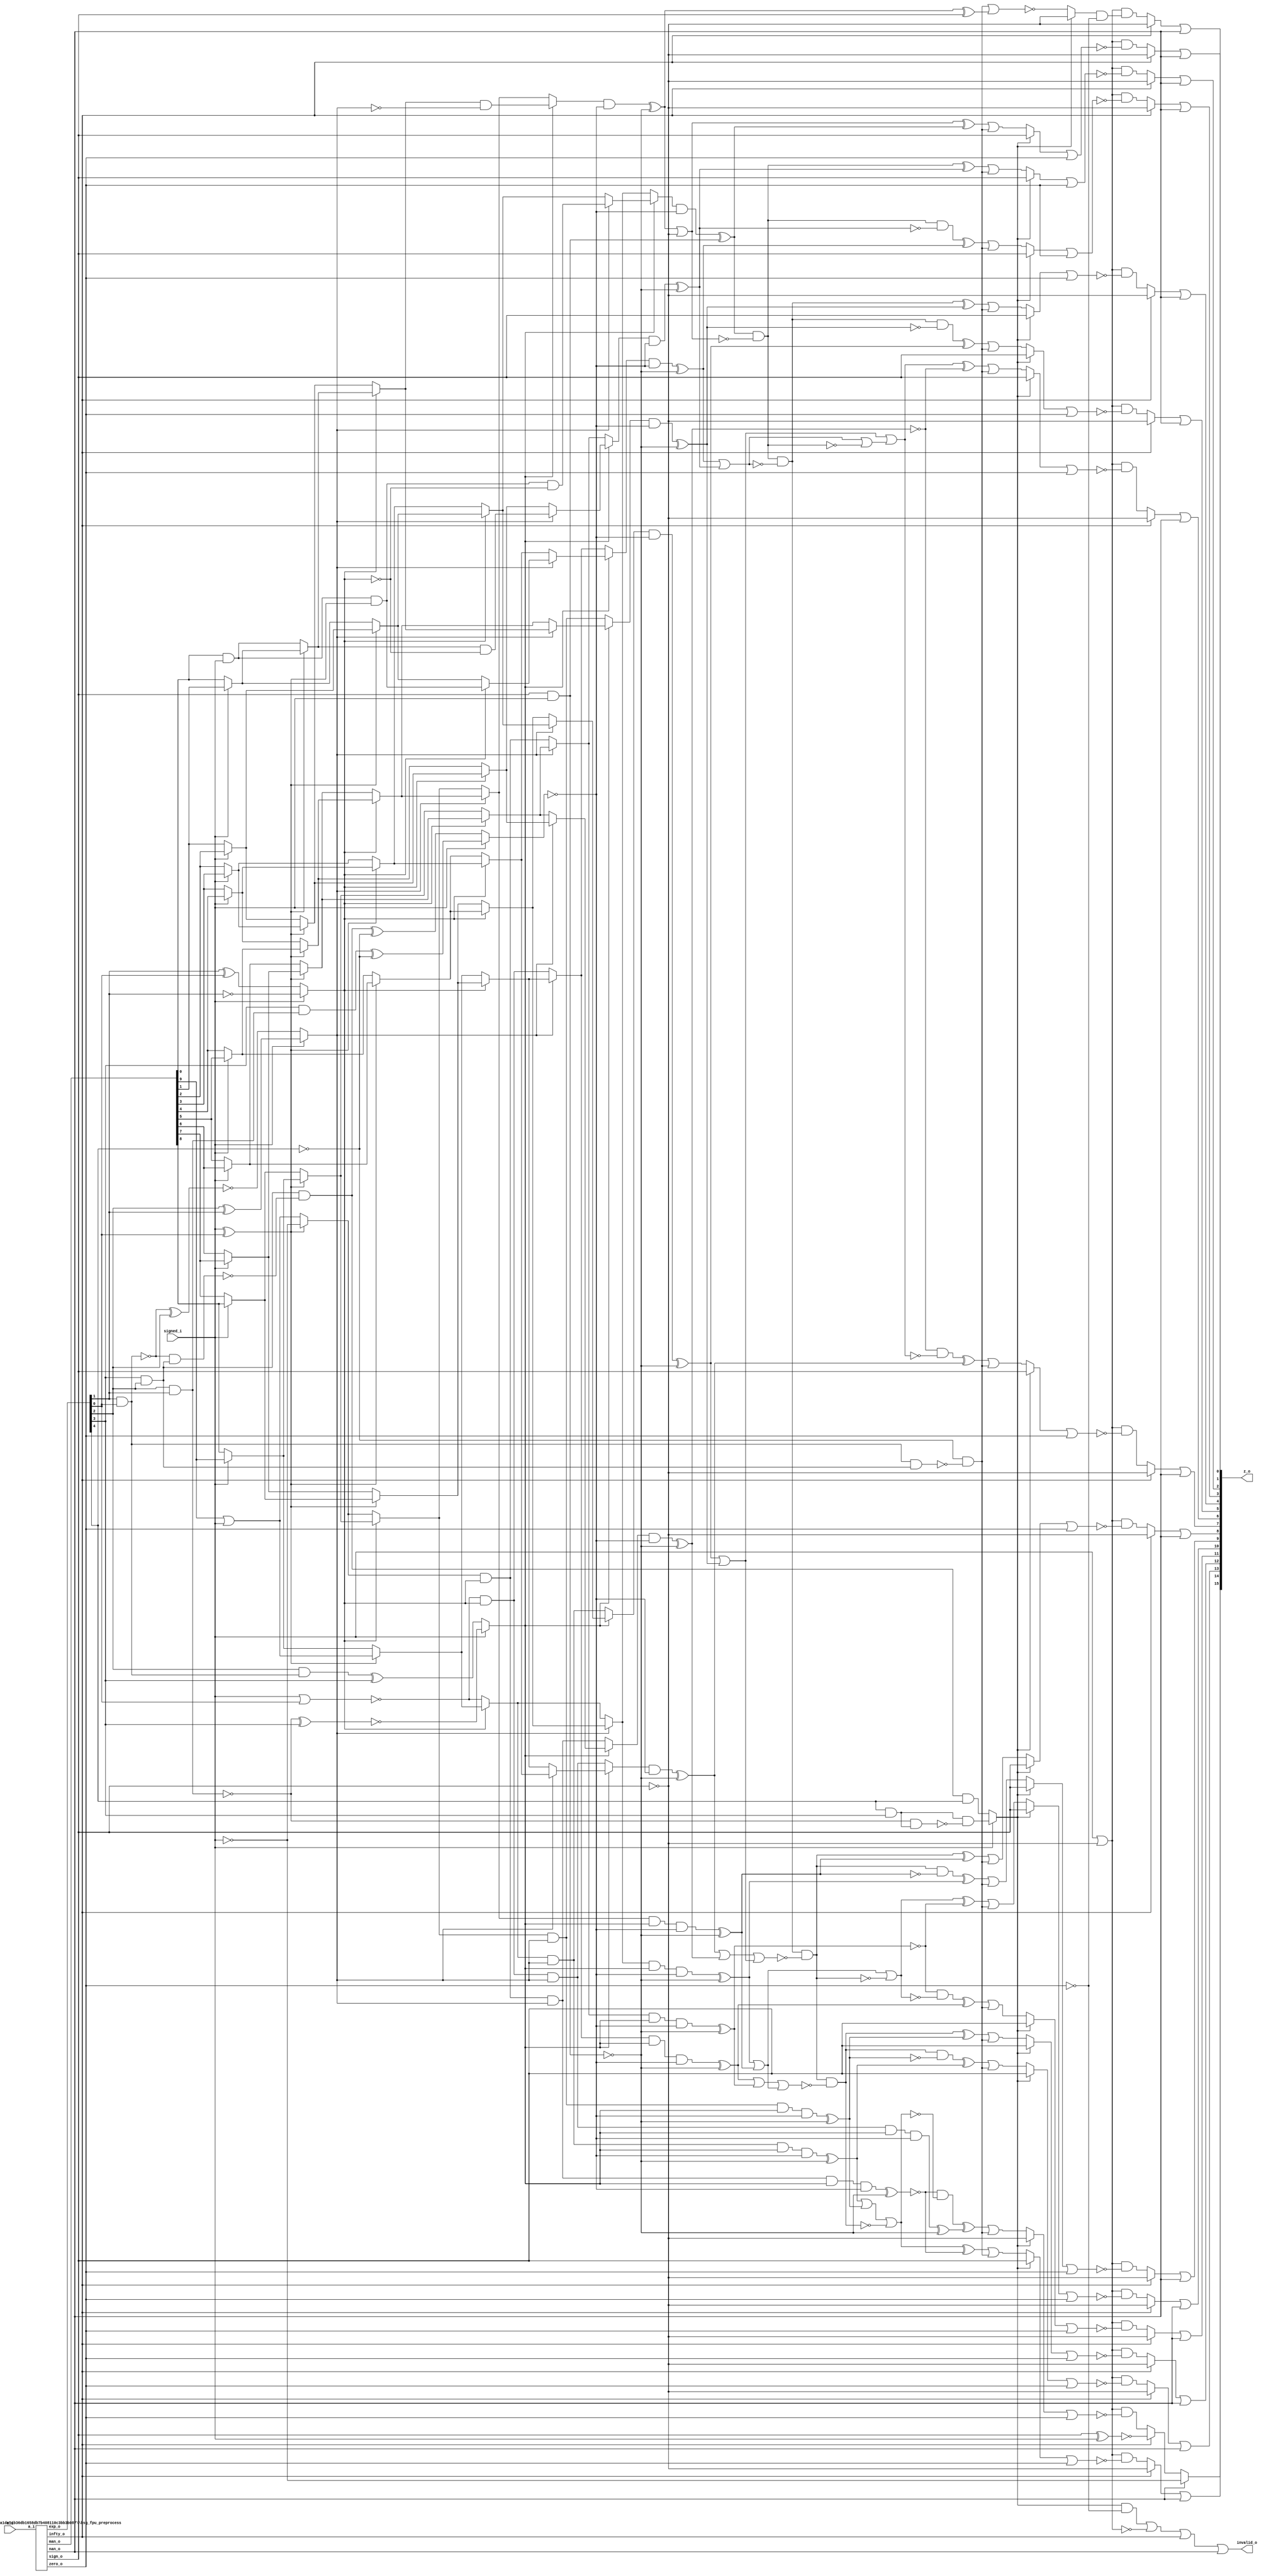
/* Generated by Yosys 0.27+9 (git sha1 101d19bb6, gcc 11.2.0-7ubuntu2 -fPIC -Os) */


module \$paramod$05fcaba1de5cb36db1658db7b408110c3bb3b087\bsg_fpu_preprocess (a_i, zero_o, nan_o, sig_nan_o, infty_o, exp_zero_o, man_zero_o, denormal_o, sign_o, exp_o, man_o);
  wire _00_;
  wire _01_;
  wire _02_;
  wire _03_;
  wire _04_;
  wire _05_;
  wire _06_;
  wire _07_;
  wire _08_;
  wire _09_;
  wire _10_;
  wire _11_;
  wire _12_;
  wire _13_;
  wire _14_;
  wire _15_;
  wire _16_;
  
  input [15:0] a_i;
  wire [15:0] a_i;
  
  output denormal_o;
  wire denormal_o;
  
  output [4:0] exp_o;
  wire [4:0] exp_o;
  
  wire exp_zero;
  
  output exp_zero_o;
  wire exp_zero_o;
  
  output infty_o;
  wire infty_o;
  
  output [9:0] man_o;
  wire [9:0] man_o;
  
  output man_zero_o;
  wire man_zero_o;
  
  wire mantissa_zero;
  
  output nan_o;
  wire nan_o;
  
  output sig_nan_o;
  wire sig_nan_o;
  
  output sign_o;
  wire sign_o;
  
  output zero_o;
  wire zero_o;
  assign _00_ = ~(a_i[1] | a_i[0]);
  assign _01_ = a_i[3] | a_i[2];
  assign _02_ = _00_ & ~(_01_);
  assign _03_ = a_i[5] | a_i[4];
  assign _04_ = a_i[7] | a_i[6];
  assign _05_ = _04_ | _03_;
  assign _06_ = _02_ & ~(_05_);
  assign _07_ = a_i[9] | a_i[8];
  assign man_zero_o = _06_ & ~(_07_);
  assign _08_ = ~a_i[14];
  assign _09_ = a_i[11] | a_i[10];
  assign _10_ = a_i[13] | a_i[12];
  assign _11_ = _10_ | _09_;
  assign exp_zero_o = _08_ & ~(_11_);
  assign _12_ = ~exp_zero_o;
  assign zero_o = man_zero_o & ~(_12_);
  assign _13_ = ~(a_i[11] & a_i[10]);
  assign _14_ = ~(a_i[13] & a_i[12]);
  assign _15_ = _14_ | _13_;
  assign _16_ = _15_ | _08_;
  assign nan_o = ~(_16_ | man_zero_o);
  assign sig_nan_o = nan_o & ~(a_i[9]);
  assign infty_o = man_zero_o & ~(_16_);
  assign denormal_o = ~(_12_ | man_zero_o);
  assign exp_o = a_i[14:10];
  assign exp_zero = exp_zero_o;
  assign man_o = a_i[9:0];
  assign mantissa_zero = man_zero_o;
  assign sign_o = a_i[15];
endmodule

(* top =  1  *)

module bsg_fpu_f2i(a_i, signed_i, z_o, invalid_o);
  wire _000_;
  wire _001_;
  wire _002_;
  wire _003_;
  wire _004_;
  wire _005_;
  wire _006_;
  wire _007_;
  wire _008_;
  wire _009_;
  wire _010_;
  wire _011_;
  wire _012_;
  wire _013_;
  wire _014_;
  wire _015_;
  wire _016_;
  wire _017_;
  wire _018_;
  wire _019_;
  wire _020_;
  wire _021_;
  wire _022_;
  wire _023_;
  wire _024_;
  wire _025_;
  wire _026_;
  wire _027_;
  wire _028_;
  wire _029_;
  wire _030_;
  wire _031_;
  wire _032_;
  wire _033_;
  wire _034_;
  wire _035_;
  wire _036_;
  wire _037_;
  wire _038_;
  wire _039_;
  wire _040_;
  wire _041_;
  wire _042_;
  wire _043_;
  wire _044_;
  wire _045_;
  wire _046_;
  wire _047_;
  wire _048_;
  wire _049_;
  wire _050_;
  wire _051_;
  wire _052_;
  wire _053_;
  wire _054_;
  wire _055_;
  wire _056_;
  wire _057_;
  wire _058_;
  wire _059_;
  wire _060_;
  wire _061_;
  wire _062_;
  wire _063_;
  wire _064_;
  wire _065_;
  wire _066_;
  wire _067_;
  wire _068_;
  wire _069_;
  wire _070_;
  wire _071_;
  wire _072_;
  wire _073_;
  wire _074_;
  wire _075_;
  wire _076_;
  wire _077_;
  wire _078_;
  wire _079_;
  wire _080_;
  wire _081_;
  wire _082_;
  wire _083_;
  wire _084_;
  wire _085_;
  wire _086_;
  wire _087_;
  wire _088_;
  wire _089_;
  wire _090_;
  wire _091_;
  wire _092_;
  wire _093_;
  wire _094_;
  wire _095_;
  wire _096_;
  wire _097_;
  wire _098_;
  wire _099_;
  wire _100_;
  wire _101_;
  wire _102_;
  wire _103_;
  wire _104_;
  wire _105_;
  wire _106_;
  wire _107_;
  wire _108_;
  wire _109_;
  wire _110_;
  wire _111_;
  wire _112_;
  wire _113_;
  wire _114_;
  wire _115_;
  wire _116_;
  wire _117_;
  wire _118_;
  wire _119_;
  wire _120_;
  wire _121_;
  wire _122_;
  wire _123_;
  wire _124_;
  wire _125_;
  wire _126_;
  wire _127_;
  wire _128_;
  wire _129_;
  wire _130_;
  wire _131_;
  wire _132_;
  wire _133_;
  wire _134_;
  wire _135_;
  wire _136_;
  wire _137_;
  wire _138_;
  wire _139_;
  wire _140_;
  wire _141_;
  wire _142_;
  wire _143_;
  wire _144_;
  wire _145_;
  wire _146_;
  wire _147_;
  wire _148_;
  wire _149_;
  wire _150_;
  wire _151_;
  wire _152_;
  wire _153_;
  wire _154_;
  wire _155_;
  wire _156_;
  wire _157_;
  wire _158_;
  wire _159_;
  wire _160_;
  wire _161_;
  wire _162_;
  wire _163_;
  wire _164_;
  wire _165_;
  wire _166_;
  wire _167_;
  wire _168_;
  wire _169_;
  wire _170_;
  wire _171_;
  wire _172_;
  wire _173_;
  wire _174_;
  wire _175_;
  wire _176_;
  wire _177_;
  wire _178_;
  wire _179_;
  wire _180_;
  wire _181_;
  wire _182_;
  wire _183_;
  wire _184_;
  wire _185_;
  wire _186_;
  wire _187_;
  wire _188_;
  wire _189_;
  wire _190_;
  wire _191_;
  wire _192_;
  wire _193_;
  wire _194_;
  wire _195_;
  wire _196_;
  wire _197_;
  wire _198_;
  wire _199_;
  wire _200_;
  wire _201_;
  wire _202_;
  wire _203_;
  wire _204_;
  wire _205_;
  wire _206_;
  wire _207_;
  wire _208_;
  wire _209_;
  wire _210_;
  wire _211_;
  wire _212_;
  wire _213_;
  wire _214_;
  wire _215_;
  wire _216_;
  wire _217_;
  wire _218_;
  wire _219_;
  wire _220_;
  wire _221_;
  wire _222_;
  wire _223_;
  wire _224_;
  wire _225_;
  wire _226_;
  wire _227_;
  wire _228_;
  wire _229_;
  wire _230_;
  wire _231_;
  wire _232_;
  wire _233_;
  wire _234_;
  wire _235_;
  wire _236_;
  wire _237_;
  wire _238_;
  wire _239_;
  wire _240_;
  wire _241_;
  wire _242_;
  wire _243_;
  wire _244_;
  wire _245_;
  wire _246_;
  wire _247_;
  wire _248_;
  wire _249_;
  wire _250_;
  wire _251_;
  wire _252_;
  wire _253_;
  wire _254_;
  wire _255_;
  wire _256_;
  wire _257_;
  wire _258_;
  wire _259_;
  wire _260_;
  wire _261_;
  wire _262_;
  wire _263_;
  wire _264_;
  wire _265_;
  wire _266_;
  
  input [15:0] a_i;
  wire [15:0] a_i;
  
  wire [4:0] exp;
  
  wire infty;
  
  output invalid_o;
  wire invalid_o;
  
  wire [9:0] mantissa;
  
  wire nan;
  
  (* unused_bits = "4 5 6 7 8 9 10 11 12 13 14 15" *)
  wire [15:0] preshift;
  
  wire sign;
  
  input signed_i;
  wire signed_i;
  
  output [15:0] z_o;
  wire [15:0] z_o;
  
  wire zero;
  assign _205_ = ~sign;
  assign _206_ = sign & signed_i;
  assign _207_ = ~_206_;
  assign _208_ = mantissa[0] & signed_i;
  assign _209_ = ~(signed_i ^ exp[0]);
  assign _210_ = signed_i ? mantissa[1] : mantissa[0];
  assign _211_ = _209_ ? _208_ : _210_;
  assign _212_ = ~exp[1];
  assign _213_ = exp[1] ^ exp[0];
  assign _214_ = signed_i ? _212_ : _213_;
  assign _215_ = signed_i ? mantissa[2] : mantissa[1];
  assign _216_ = signed_i ? mantissa[3] : mantissa[2];
  assign _217_ = _209_ ? _215_ : _216_;
  assign _218_ = _214_ ? _211_ : _217_;
  assign _219_ = ~signed_i;
  assign _220_ = ~(exp[1] & exp[0]);
  assign _221_ = ~(_220_ ^ exp[2]);
  assign _222_ = exp[2] ^ exp[1];
  assign _223_ = signed_i ? _222_ : _221_;
  assign _224_ = _218_ & ~(_223_);
  assign _225_ = exp[2] & ~(_220_);
  assign _226_ = _225_ ^ exp[3];
  assign _227_ = ~(exp[2] & exp[1]);
  assign _228_ = ~(_227_ ^ exp[3]);
  assign _229_ = signed_i ? _228_ : _226_;
  assign _230_ = signed_i ? mantissa[4] : mantissa[3];
  assign _231_ = signed_i ? mantissa[5] : mantissa[4];
  assign _232_ = _209_ ? _230_ : _231_;
  assign _233_ = signed_i ? mantissa[6] : mantissa[5];
  assign _234_ = signed_i ? mantissa[7] : mantissa[6];
  assign _235_ = _209_ ? _233_ : _234_;
  assign _236_ = _214_ ? _232_ : _235_;
  assign _237_ = signed_i ? mantissa[8] : mantissa[7];
  assign _238_ = signed_i ? mantissa[9] : mantissa[8];
  assign _239_ = _209_ ? _237_ : _238_;
  assign _240_ = signed_i ^ exp[0];
  assign _241_ = mantissa[9] | signed_i;
  assign _242_ = _240_ ? _219_ : _241_;
  assign _243_ = _214_ ? _239_ : _242_;
  assign _244_ = _223_ ? _236_ : _243_;
  assign _245_ = _229_ ? _224_ : _244_;
  assign _246_ = ~exp[4];
  assign _247_ = exp[3] & exp[2];
  assign _248_ = ~(exp[3] & exp[2]);
  assign _249_ = _220_ & ~(_248_);
  assign _250_ = _247_ & ~(_249_);
  assign _251_ = _250_ ^ _246_;
  assign _252_ = exp[3] & ~(_227_);
  assign _253_ = _252_ ^ _246_;
  assign _254_ = signed_i ? _253_ : _251_;
  assign _255_ = _245_ & ~(_254_);
  assign _256_ = _255_ ^ _207_;
  assign _257_ = _256_ ^ sign;
  assign _258_ = exp[1] & exp[0];
  assign _259_ = _258_ & ~(_248_);
  assign _260_ = _246_ & ~(_259_);
  assign _261_ = ~(_260_ | _257_);
  assign _262_ = _250_ & ~(_246_);
  assign _263_ = exp[4] & exp[3];
  assign _264_ = ~(exp[4] & exp[3]);
  assign _265_ = _227_ & ~(_264_);
  assign _266_ = _263_ & ~(_265_);
  assign _000_ = signed_i ? _266_ : _262_;
  assign _001_ = _000_ ? _205_ : _261_;
  assign _002_ = _001_ & ~(zero);
  assign _003_ = signed_i | ~(sign);
  assign _004_ = _003_ & _002_;
  assign _005_ = infty ? _205_ : _004_;
  assign z_o[0] = _005_ | nan;
  assign _006_ = _208_ & ~(_209_);
  assign _007_ = _006_ & ~(_214_);
  assign _008_ = _209_ ? _210_ : _215_;
  assign _009_ = _209_ ? _216_ : _230_;
  assign _010_ = _214_ ? _008_ : _009_;
  assign _011_ = _223_ ? _007_ : _010_;
  assign _012_ = _209_ ? _231_ : _233_;
  assign _013_ = _209_ ? _234_ : _237_;
  assign _014_ = _214_ ? _012_ : _013_;
  assign _015_ = _209_ ? _238_ : _241_;
  assign _016_ = ~(signed_i | exp[0]);
  assign _017_ = _214_ ? _015_ : _016_;
  assign _018_ = _223_ ? _014_ : _017_;
  assign _019_ = _229_ ? _011_ : _018_;
  assign _020_ = _019_ & ~(_254_);
  assign _021_ = _020_ ^ _206_;
  assign _022_ = _256_ | _205_;
  assign _023_ = _022_ ^ _021_;
  assign _024_ = _023_ | _260_;
  assign _025_ = _000_ ? sign : _024_;
  assign _026_ = _025_ | zero;
  assign _027_ = _003_ & ~(_026_);
  assign _028_ = infty ? _205_ : _027_;
  assign z_o[1] = _028_ | nan;
  assign _029_ = _211_ & ~(_214_);
  assign _030_ = _214_ ? _217_ : _232_;
  assign _031_ = _223_ ? _029_ : _030_;
  assign _032_ = _214_ ? _235_ : _239_;
  assign _033_ = _242_ & _214_;
  assign _034_ = _223_ ? _032_ : _033_;
  assign _035_ = _229_ ? _031_ : _034_;
  assign _036_ = _035_ & ~(_254_);
  assign _037_ = _036_ ^ _207_;
  assign _038_ = _021_ & ~(_022_);
  assign _039_ = _038_ ^ _037_;
  assign _040_ = _039_ | _260_;
  assign _041_ = _000_ ? sign : _040_;
  assign _042_ = _041_ | zero;
  assign _043_ = _003_ & ~(_042_);
  assign _044_ = infty ? _205_ : _043_;
  assign z_o[2] = _044_ | nan;
  assign _045_ = _214_ ? _006_ : _008_;
  assign _046_ = _214_ ? _009_ : _012_;
  assign _047_ = _223_ ? _045_ : _046_;
  assign _048_ = _214_ ? _013_ : _015_;
  assign _049_ = _016_ & _214_;
  assign _050_ = _223_ ? _048_ : _049_;
  assign _051_ = _229_ ? _047_ : _050_;
  assign _052_ = _051_ & ~(_254_);
  assign _053_ = _052_ ^ _207_;
  assign _054_ = _038_ & ~(_037_);
  assign _055_ = _054_ ^ _053_;
  assign _056_ = _055_ | _260_;
  assign _057_ = _000_ ? sign : _056_;
  assign _058_ = _057_ | zero;
  assign _059_ = _003_ & ~(_058_);
  assign _060_ = infty ? _205_ : _059_;
  assign z_o[3] = _060_ | nan;
  assign _061_ = _223_ ? _218_ : _236_;
  assign _062_ = _243_ & _223_;
  assign _063_ = _229_ ? _061_ : _062_;
  assign _064_ = _063_ & ~(_254_);
  assign _065_ = _064_ ^ _207_;
  assign _066_ = _053_ | _037_;
  assign _067_ = _038_ & ~(_066_);
  assign _068_ = _067_ ^ _065_;
  assign _069_ = _068_ | _260_;
  assign _070_ = _000_ ? sign : _069_;
  assign _071_ = _070_ | zero;
  assign _072_ = _003_ & ~(_071_);
  assign _073_ = infty ? _205_ : _072_;
  assign z_o[4] = _073_ | nan;
  assign _074_ = _223_ ? _010_ : _014_;
  assign _075_ = _017_ & _223_;
  assign _076_ = _229_ ? _074_ : _075_;
  assign _077_ = _076_ & ~(_254_);
  assign _078_ = _077_ ^ _207_;
  assign _079_ = _067_ & ~(_065_);
  assign _080_ = _079_ ^ _078_;
  assign _081_ = _080_ | _260_;
  assign _082_ = _000_ ? sign : _081_;
  assign _083_ = _082_ | zero;
  assign _084_ = _003_ & ~(_083_);
  assign _085_ = infty ? _205_ : _084_;
  assign z_o[5] = _085_ | nan;
  assign _086_ = _223_ ? _030_ : _032_;
  assign _087_ = _033_ & _223_;
  assign _088_ = _229_ ? _086_ : _087_;
  assign _089_ = _088_ & ~(_254_);
  assign _090_ = _089_ ^ _207_;
  assign _091_ = ~_090_;
  assign _092_ = _066_ | ~(_038_);
  assign _093_ = _078_ | _065_;
  assign _094_ = _093_ | _092_;
  assign _095_ = _094_ ^ _091_;
  assign _096_ = _095_ | _260_;
  assign _097_ = _000_ ? sign : _096_;
  assign _098_ = _097_ | zero;
  assign _099_ = _003_ & ~(_098_);
  assign _100_ = infty ? _205_ : _099_;
  assign z_o[6] = _100_ | nan;
  assign _101_ = _223_ ? _046_ : _048_;
  assign _102_ = _049_ & _223_;
  assign _103_ = _229_ ? _101_ : _102_;
  assign _104_ = _103_ & ~(_254_);
  assign _105_ = _104_ ^ _207_;
  assign _106_ = _091_ & ~(_094_);
  assign _107_ = _106_ ^ _105_;
  assign _108_ = _107_ | _260_;
  assign _109_ = _000_ ? sign : _108_;
  assign _110_ = _109_ | zero;
  assign _111_ = _003_ & ~(_110_);
  assign _112_ = infty ? _205_ : _111_;
  assign z_o[7] = _112_ | nan;
  assign _113_ = _244_ & _229_;
  assign _114_ = _113_ & ~(_254_);
  assign _115_ = _114_ ^ _207_;
  assign _116_ = _105_ | _090_;
  assign _117_ = _116_ | _093_;
  assign _118_ = _067_ & ~(_117_);
  assign _119_ = _118_ ^ _115_;
  assign _120_ = _119_ | _260_;
  assign _121_ = _000_ ? sign : _120_;
  assign _122_ = _121_ | zero;
  assign _123_ = _003_ & ~(_122_);
  assign _124_ = infty ? _205_ : _123_;
  assign z_o[8] = _124_ | nan;
  assign _125_ = _018_ & _229_;
  assign _126_ = _125_ & ~(_254_);
  assign _127_ = _126_ ^ _207_;
  assign _128_ = _118_ & ~(_115_);
  assign _129_ = _128_ ^ _127_;
  assign _130_ = _129_ | _260_;
  assign _131_ = _000_ ? sign : _130_;
  assign _132_ = _131_ | zero;
  assign _133_ = _003_ & ~(_132_);
  assign _134_ = infty ? _205_ : _133_;
  assign z_o[9] = _134_ | nan;
  assign _135_ = _034_ & _229_;
  assign _136_ = _135_ & ~(_254_);
  assign _137_ = _136_ ^ _207_;
  assign _138_ = ~_137_;
  assign _139_ = _127_ | _115_;
  assign _140_ = _139_ | ~(_118_);
  assign _141_ = _140_ ^ _138_;
  assign _142_ = _141_ | _260_;
  assign _143_ = _000_ ? sign : _142_;
  assign _144_ = _143_ | zero;
  assign _145_ = _003_ & ~(_144_);
  assign _146_ = infty ? _205_ : _145_;
  assign z_o[10] = _146_ | nan;
  assign _147_ = _050_ & _229_;
  assign _148_ = _147_ & ~(_254_);
  assign _149_ = _148_ ^ _207_;
  assign _150_ = _138_ & ~(_140_);
  assign _151_ = _150_ ^ _149_;
  assign _152_ = _151_ | _260_;
  assign _153_ = _000_ ? sign : _152_;
  assign _154_ = _153_ | zero;
  assign _155_ = _003_ & ~(_154_);
  assign _156_ = infty ? _205_ : _155_;
  assign z_o[11] = _156_ | nan;
  assign _157_ = _062_ & _229_;
  assign _158_ = _157_ & ~(_254_);
  assign _159_ = _158_ ^ _207_;
  assign _160_ = _149_ | _137_;
  assign _161_ = _160_ | _139_;
  assign _162_ = _118_ & ~(_161_);
  assign _163_ = _162_ ^ _159_;
  assign _164_ = _163_ | _260_;
  assign _165_ = _000_ ? sign : _164_;
  assign _166_ = _165_ | zero;
  assign _167_ = _003_ & ~(_166_);
  assign _168_ = infty ? _205_ : _167_;
  assign z_o[12] = _168_ | nan;
  assign _169_ = _075_ & _229_;
  assign _170_ = _169_ & ~(_254_);
  assign _171_ = _170_ ^ _207_;
  assign _172_ = _162_ & ~(_159_);
  assign _173_ = _172_ ^ _171_;
  assign _174_ = _173_ | _260_;
  assign _175_ = _000_ ? sign : _174_;
  assign _176_ = _175_ | zero;
  assign _177_ = _003_ & ~(_176_);
  assign _178_ = infty ? _205_ : _177_;
  assign z_o[13] = _178_ | nan;
  assign _179_ = _087_ & _229_;
  assign _180_ = _179_ & ~(_254_);
  assign _181_ = _180_ ^ _207_;
  assign _182_ = ~_181_;
  assign _183_ = _171_ | _159_;
  assign _184_ = _183_ | ~(_162_);
  assign _185_ = _184_ ^ _182_;
  assign _186_ = _185_ | _260_;
  assign _187_ = _000_ ? sign : _186_;
  assign _188_ = _187_ | zero;
  assign _189_ = _003_ & ~(_188_);
  assign _190_ = infty ? _205_ : _189_;
  assign z_o[14] = _190_ | nan;
  assign _191_ = _102_ & _229_;
  assign _192_ = _191_ & ~(_254_);
  assign _193_ = _192_ ^ _207_;
  assign _194_ = _182_ & ~(_184_);
  assign _195_ = _194_ ^ _193_;
  assign _196_ = _195_ | _260_;
  assign _197_ = _000_ ? _205_ : _196_;
  assign _198_ = _197_ | zero;
  assign _199_ = _003_ & ~(_198_);
  assign _200_ = ~(sign ^ signed_i);
  assign _201_ = infty ? _200_ : _199_;
  assign z_o[15] = nan ? _219_ : _201_;
  assign _202_ = _000_ & ~(zero);
  assign _203_ = _202_ | ~(_003_);
  assign _204_ = _203_ | infty;
  assign invalid_o = _204_ | nan;
  (* module_not_derived = 32'd1 *)
  
  \$paramod$05fcaba1de5cb36db1658db7b408110c3bb3b087\bsg_fpu_preprocess  preprocess (
    .a_i(a_i),
    .exp_o(exp),
    .infty_o(infty),
    .man_o(mantissa),
    .nan_o(nan),
    .sign_o(sign),
    .zero_o(zero)
  );
  assign preshift[3:0] = 4'h0;
endmodule